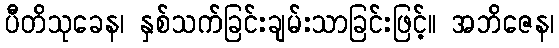
ပီတိသုခေန၊ နှစ်သက်ခြင်းချမ်းသာခြင်းဖြင့်။ အဘိဇေန၊